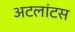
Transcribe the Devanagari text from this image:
अटलांटस